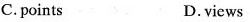
C. points D.views